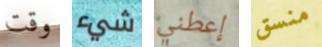
وقت شيء إعطني منسق